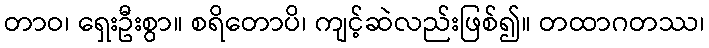
တာဝ၊ ရှေးဦးစွာ။ စရိတောပိ၊ ကျင့်ဆဲလည်းဖြစ်၍။ တထာဂတဿ၊